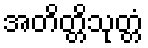
အတိတ္တိသုတ္တံ